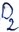
Text: D2